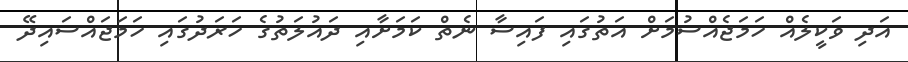
އަދި ވަކީލެއް ހަމަޖެއްސުމަށް އަތުގައި ފައިސާ ނެތް ކަމަށާއި ދައުލަތުގެ ހަރަދުގައި ހަމަޖައްސައިދޭ